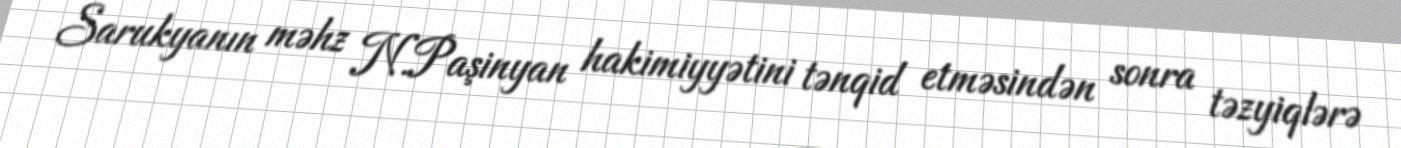
Sarukyanın məhz N.Paşinyan hakimiyyətini tənqid etməsindən sonra təzyiqlərə